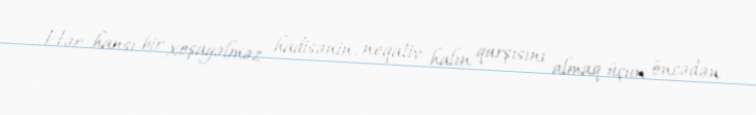
Hər hansı bir xoşagəlməz hadisənin, neqativ halın qarşısını almaq üçün öncədən